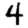
Digit: 4